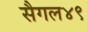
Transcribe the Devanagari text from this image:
सैगल४९